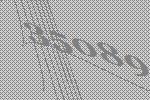
35089